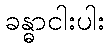
ခန္ဓာငါးပါး